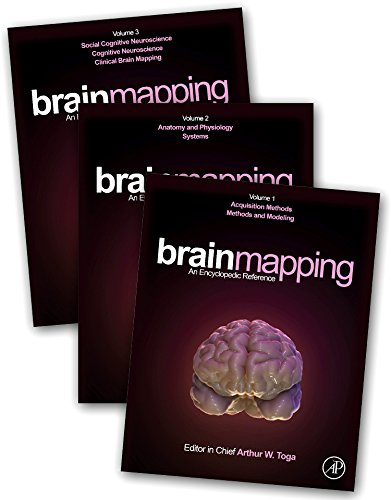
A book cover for Brain Mapping: An Encyclopedic Reference; Science & Math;